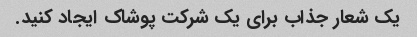
یک شعار جذاب برای یک شرکت پوشاک ایجاد کنید.